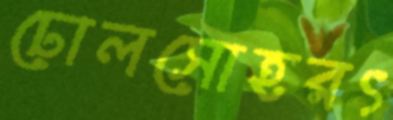
ঢোলসোহরৎ